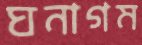
ঘনাগম